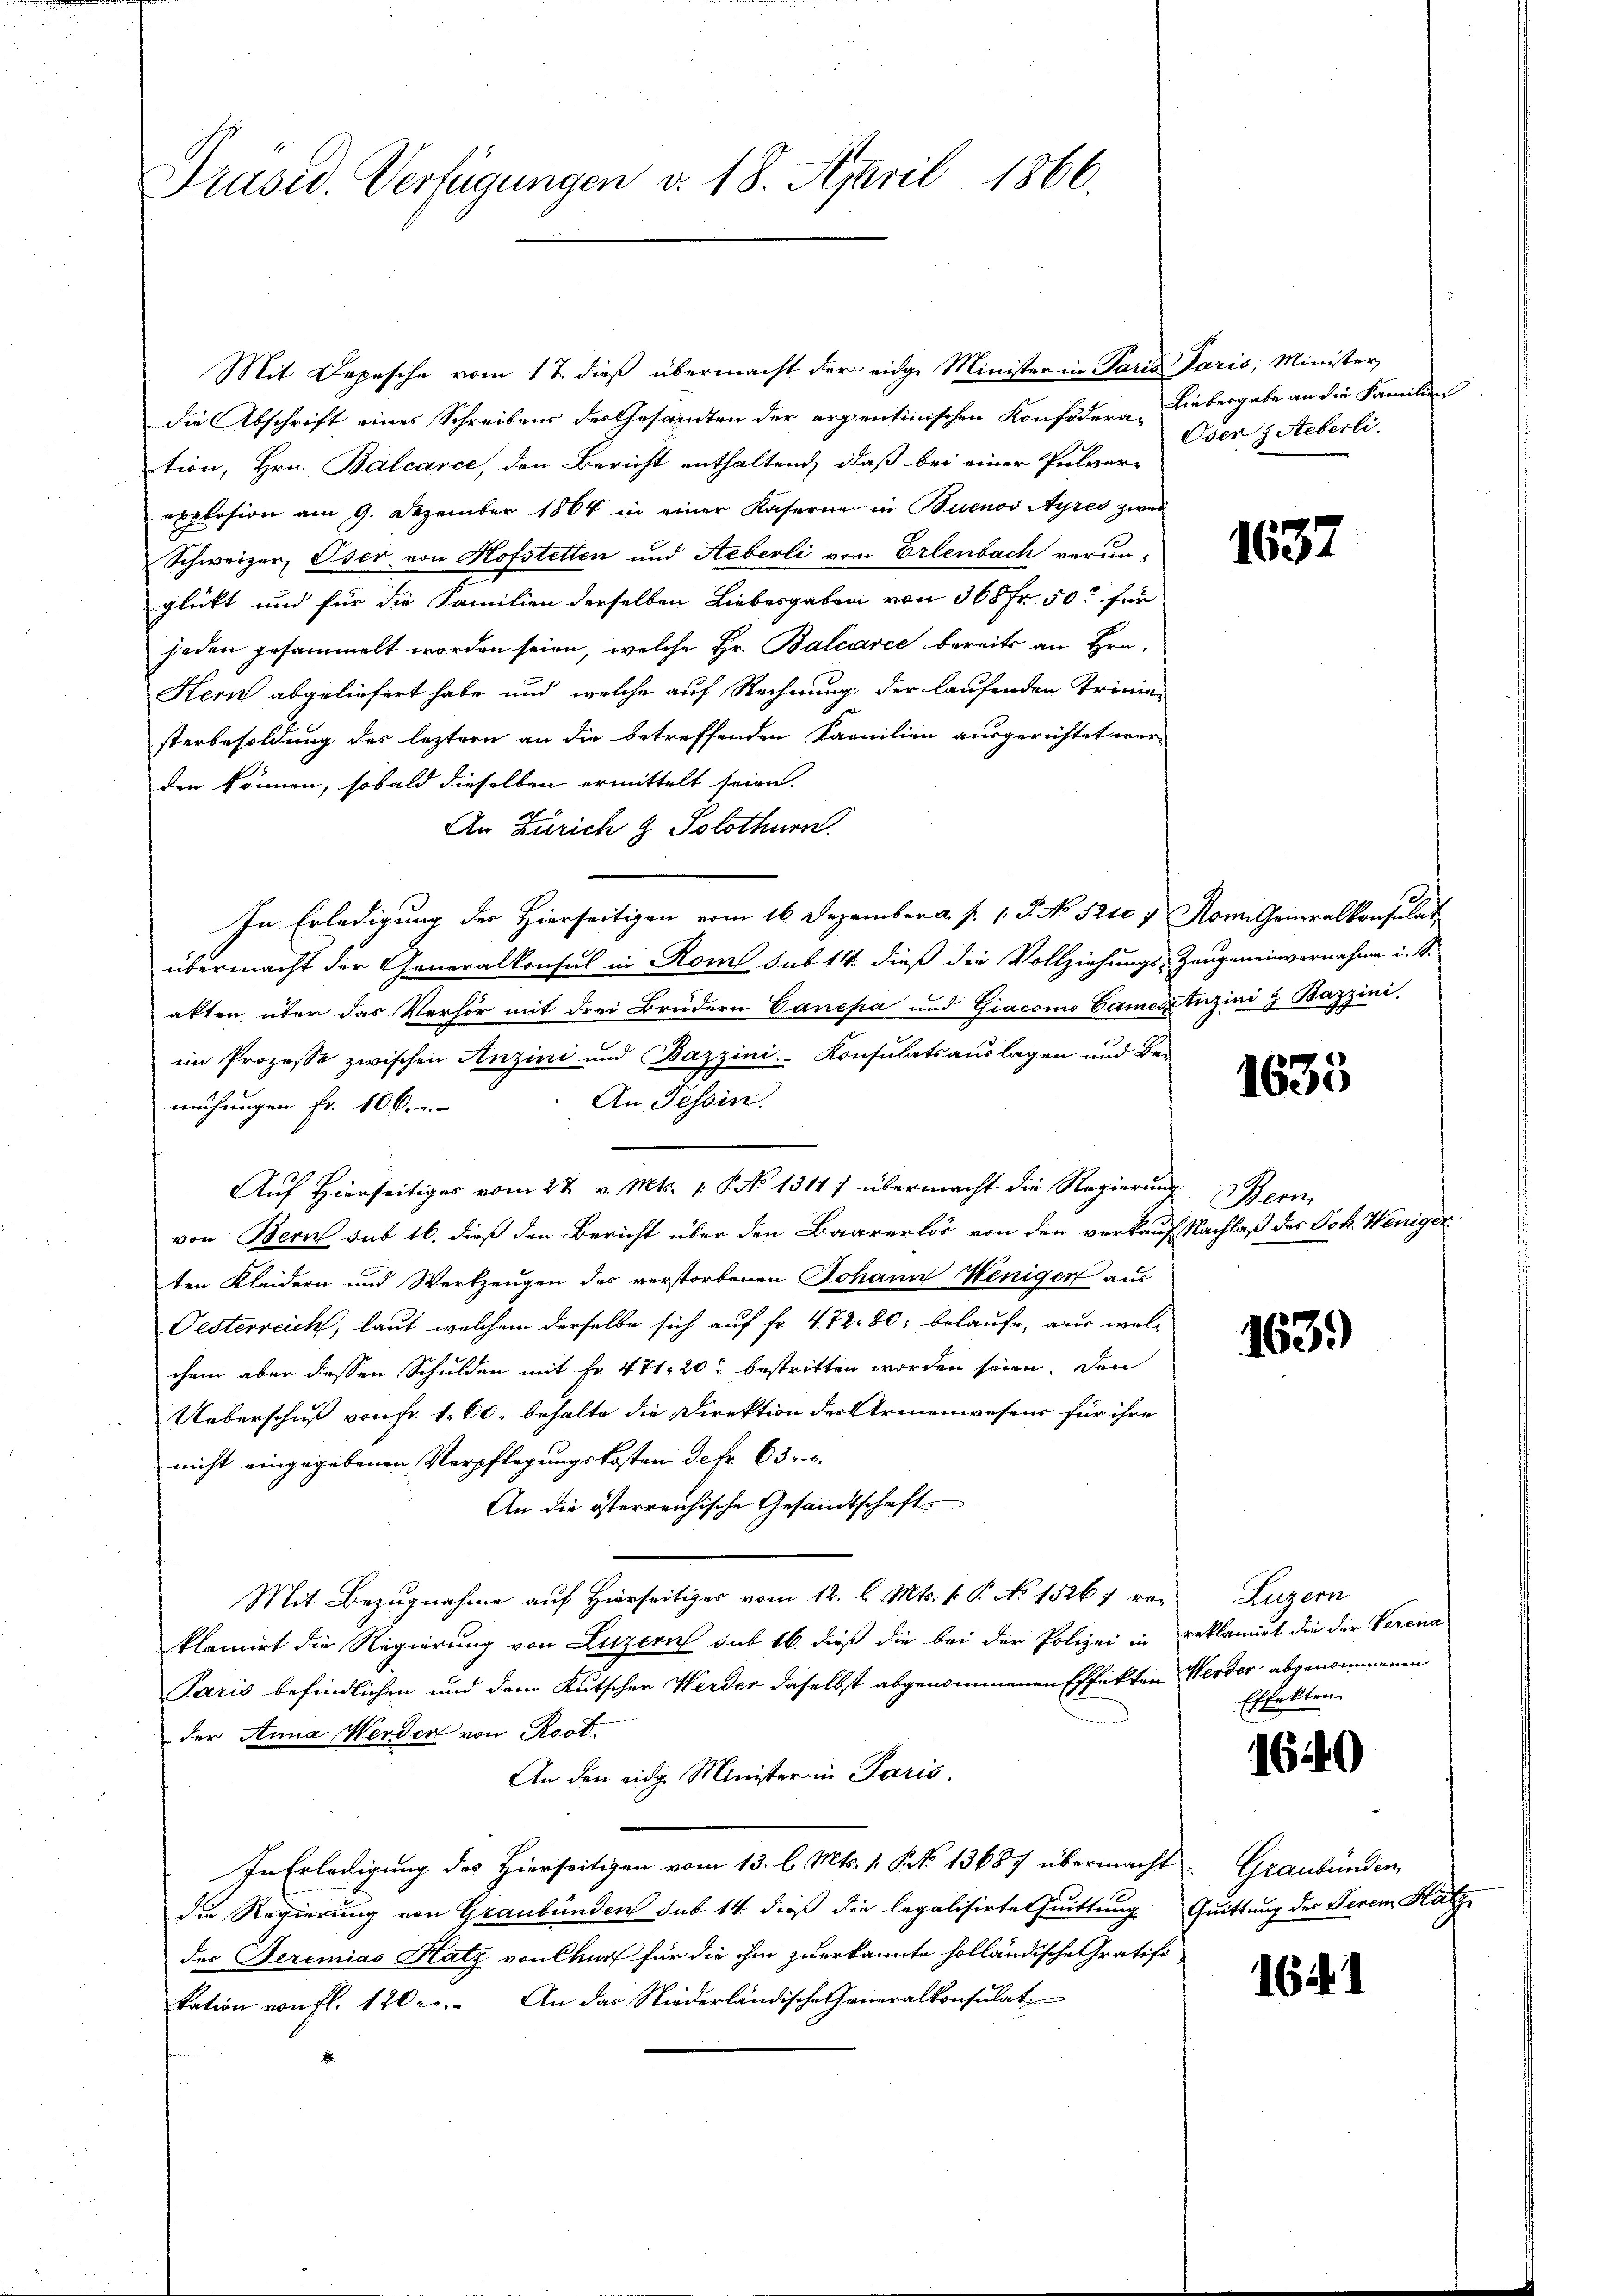
Präsid. Verfügungen v. 18. April 1866.

Mit Depesche vom 17 dieß übermacht der eidge Minister in Paris Paris, Minister,
die Abschrift eines Schreibens der Gesandten der arpentinischen Konfidera-
tion, Hrn. Balcarce, den Bericht enthaltend, daß bei einer Pulver-
explosion am 9. Dezember 1864 in einer Kaserne in Buenos Ayres zwei
Schweizer, Oser von Hofstetten und Hebeoli von Erlenbach verun-
glückt und für die Familien derselben Liebesgaben von 368 Fr. 50 für
jeden gesammelt worden seien, welche Hr. Balcarce bereits an Hrn.
Hern abgeliefert habe und welche auf Rechnung der laufenden Trinien
sterbesoldung des leztern an die betreffenden Familien ausgerichtet werden können, sobald dieselben ermittelt seien.
An Zürich & Solothurn.
In Erledigung der Hierseitigen vom 16 Dezember a. p. 1. P. No 5210 4 Nomi Generalkonsulat
übermacht der Generalkonsul in Rom sub 14. dieß die Vollziehungs-Zeugeneinvernahme i. S.
akten, über das Verhör mit drei Brüdern Canepa und Giacomo Camesz tuzine & Bazzini
im Prozesse zwischen Anzini und Bazzini. Konsulats auslagen und Be-
An Tessin.
mühungen Fr. 806.
Auf Hierseitiges vom 22. v. Mts. 1. P. No 1311) übermacht die Regierung
von Bern sub 16. dieß den Bericht über den Baarerlös von den verkauf Nachlaß des Joh. Weniger
ten Kleidern und Werkzeugen des verstorbenen Johann Weniger aus
Oesterreich, laut welchem derselbe sich auf Fr. 4. 72. 80 belaufe, aus welchem aber dessen Schulden mit Fr. 471. 20 bestritten worden seien. Den
Ueberschuß von Fr. 1. 60. behalte die Direktion der Armenwesens für ihre
nicht eingegebenen Verpflegungskosten detr. 63. 4.
An die österreichische Gesandtschaft.
Mit Bezugnahme auf Hierseitiges vom 12. l. Mts. v. P. No 1526 u. reklamirt die Regierung von Luzern sub 16. dieß die bei der Polizei in
Paris befindlichen und dem Kutscher Werder daselbst abgenommenen Effekten
der Anna Werden von Rost.
An den eidg. Minister in Paris.
In Erledigung des Hierseitigen vom 13. l. Mts. 1. No 13687 übermacht
die Regierung von Graubünden sub 14 dieß die legalisirte Quittung
der Seremias Hatz von Chur für die ihm zuerkannte holländische Gratifi
kation von fl. 120. An das Niederländische Generalkonsulat

Liebergabe an die Familien
Oser & Aeberli.

1637

1635

Bern,

163)

Luzern
reklamirt die der Verena
Werder abgenommenen
Effekten.

1640

Graubünden
Quittung der Serem Katz

1641